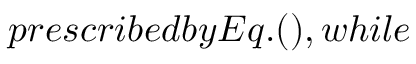
p r e s c r i b e d b y E q . ( ) , w h i l e